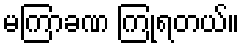
မကြာခဏ ကြုံရတယ်။